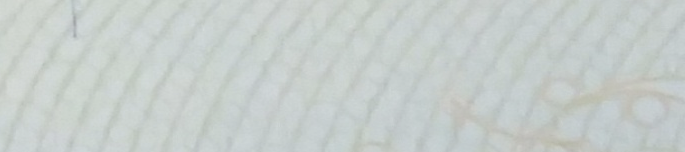
Open24Hours